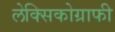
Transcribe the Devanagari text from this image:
लेक्सिकोग्राफी